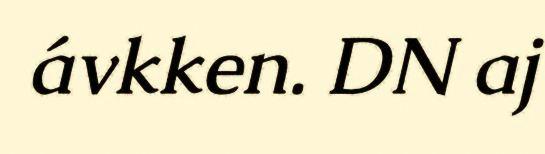
ávkken. DN aj